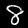
Label: 8